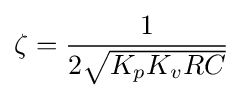
\zeta ={\frac {1}{2{\sqrt {K_{p}K_{v}RC}}}}